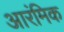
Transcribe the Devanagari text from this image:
आरंमिक